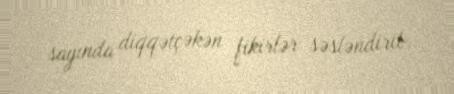
sayında diqqətçəkən fikirlər səsləndirib.